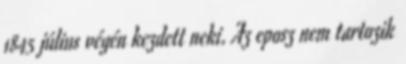
1845 július végén kezdett neki. Az eposz nem tartozik